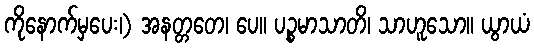
ကိုနောက်မှပေး၊) အနတ္တတေ၊ ပေ။ ပဉ္စမာသာတိ၊ သာဟူသော။ ယွာယံ